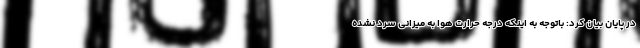
در پایان بیان کرد: باتوجه به اینکه درجه حرارت هوا به میزانی سرد نشده